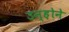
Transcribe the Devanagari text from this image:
उन्ह़ोने